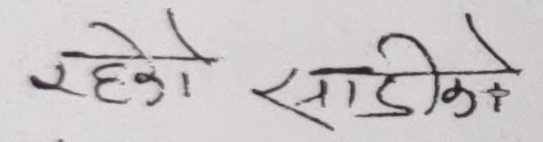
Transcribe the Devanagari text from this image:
रहेको साडीको